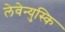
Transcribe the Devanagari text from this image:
लेवेन्युस्कि